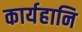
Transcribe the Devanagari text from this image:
कार्यहानि